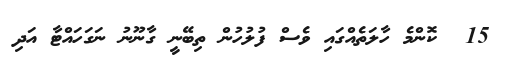
15  ކޮންމެ ހާލަތެއްގައި ވެސް ފުލުހުން ތިބޭނީ ގާނޫނު ނަގަހައްޓާ އަދި